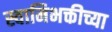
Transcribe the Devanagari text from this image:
स्वामिभक्तीच्या